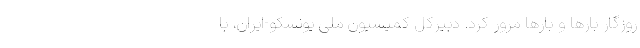
روزگار بارها و بارها مرور کرد. دبیرکل کمیسیون ملی یونسکو-ایران، با